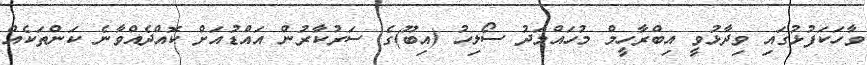
ވާހަކަފުޅުގައި ވިދާޅުވީ އިބްރާހީމް މުހައްމަދު ސޯލިހު (އިބޫ)ގެ ސަރުކާރުން އައްޑުއަށް ކޮއްދެއްވާނެ ކަންތަކެއް